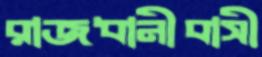
রাজধানীবাসী